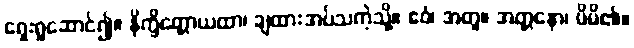
ရှေးရှုဆောင်၍။ နိက္ခိတ္တောယထာ၊ ချထားအပ်သကဲ့သို့။ ဧဝံ၊ အတူ။ အတ္တနော၊ မိမိ၏။